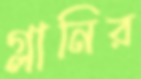
গ্লানির